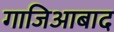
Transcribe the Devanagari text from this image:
गाजिआबाद